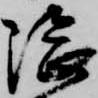
隈